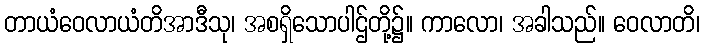
တာယံဝေလာယံတိအာဒီသု၊ အစရှိသောပါဌ်တို့၌။ ကာလော၊ အခါသည်။ ဝေလာတိ၊